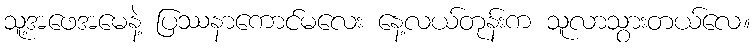
သူ့အဖေအမေနဲ့ ပြဿနာကောင်မလေး နေ့လယ်တုန်းက သူလာသွားတယ်လေ။